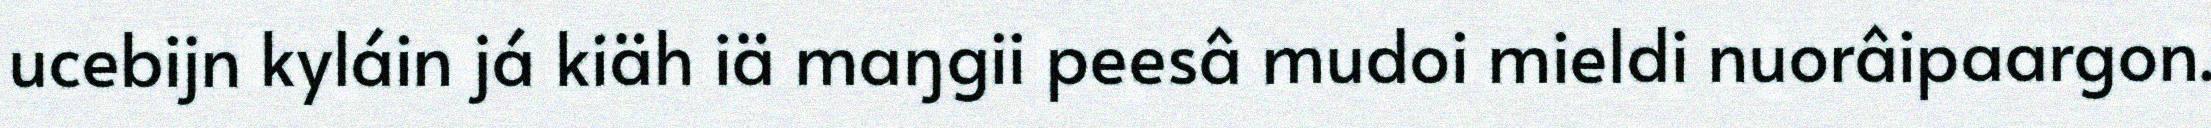
ucebijn kyláin já kiäh iä maŋgii peesâ mudoi mieldi nuorâipaargon.